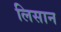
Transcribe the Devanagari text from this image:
लिसान